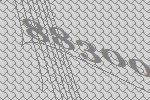
88300